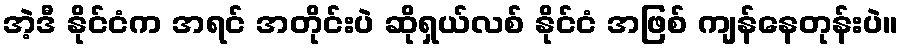
အဲ့ဒီ နိုင်ငံက အရင် အတိုင်းပဲ ဆိုရှယ်လစ် နိုင်ငံ အဖြစ် ကျန်နေတုန်းပဲ။